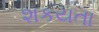
શકયતા